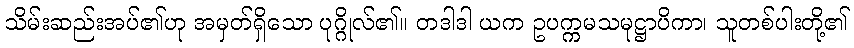
သိမ်းဆည်းအပ်၏ဟု အမှတ်ရှိသော ပုဂ္ဂိုလ်၏။ တဒါဒါ ယက ဥပက္ကမသမုဋ္ဌာပိကာ၊ သူတစ်ပါးတို့၏